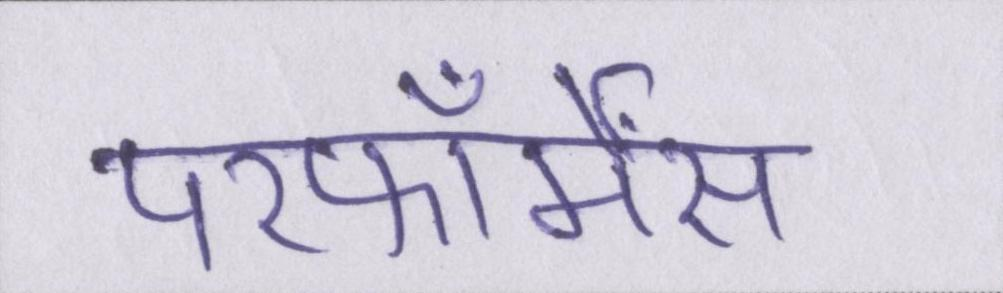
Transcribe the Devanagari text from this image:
परफॉर्मेंस